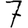
Digit: 7